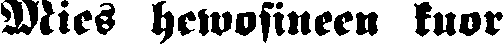
Mies hewosineen kuor